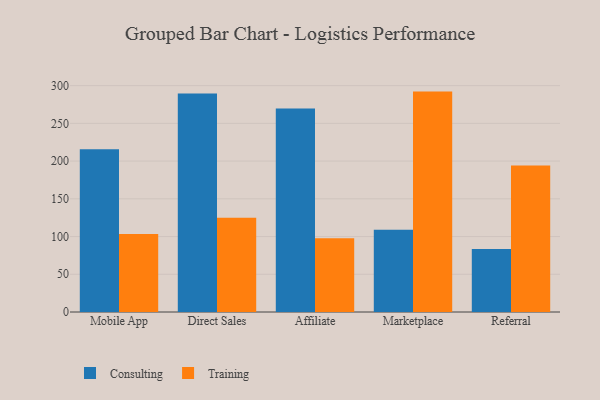
{"axis": {"x": "Channel", "y": "Inventory Turnover"}, "legend": ["Consulting", "Training"], "data": [{"x": "Mobile App", "y": 215.8, "type": "Consulting"}, {"x": "Mobile App", "y": 103.4, "type": "Training"}, {"x": "Direct Sales", "y": 289.7, "type": "Consulting"}, {"x": "Direct Sales", "y": 124.8, "type": "Training"}, {"x": "Affiliate", "y": 269.7, "type": "Consulting"}, {"x": "Affiliate", "y": 97.6, "type": "Training"}, {"x": "Marketplace", "y": 108.9, "type": "Consulting"}, {"x": "Marketplace", "y": 292.1, "type": "Training"}, {"x": "Referral", "y": 83.6, "type": "Consulting"}, {"x": "Referral", "y": 194.0, "type": "Training"}]}